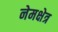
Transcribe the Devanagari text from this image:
नेमक्षेत्र